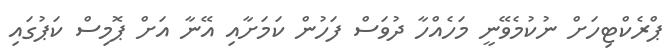
ޕްރެކްޓިހަށް ނުކުމެވޭނީ މަހެއްހާ ދުވަސް ފަހުން ކަމަށާއި އޭނާ އަށް ޕޮމިސް ކަޕުގައި